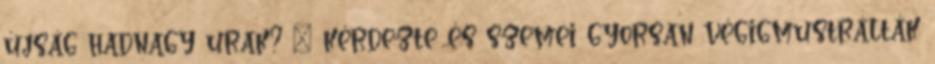
újság hadnagy urak? – kérdezte és szemei gyorsan végigmustrálták